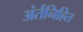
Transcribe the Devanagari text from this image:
अंर्तनिहित